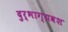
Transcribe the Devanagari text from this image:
दुर्भाग्‍यवश